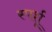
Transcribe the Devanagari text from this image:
स्पर्शू